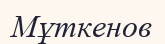
Мұткенов